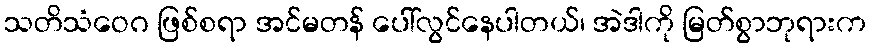
သတိသံဝေဂ ဖြစ်စရာ အင်မတန် ပေါ်လွင်နေပါတယ်၊ အဲဒါကို မြတ်စွာဘုရားက